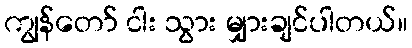
ကျွန်တော် ငါး သွား မျှားချင်ပါတယ်။